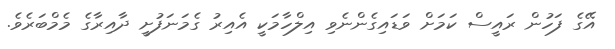
އޭގެ ފަހުން ރައީސް ކަމަށް ވަޑައިގެންނެވި އިލްހާމަކީ އެއިރު ގެމަނަފުށީ ދާއިރާގެ މެމްބަރެވެ.